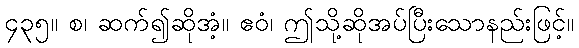
၄၃၅။ စ၊ ဆက်၍ဆိုအံ့။ ဧဝံ၊ ဤသို့ဆိုအပ်ပြီးသောနည်းဖြင့်။